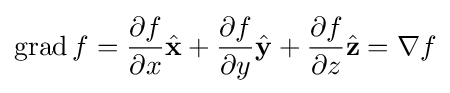
\operatorname {grad} f={\partial f \over \partial x}{\hat {\mathbf {x} }}+{\partial f \over \partial y}{\hat {\mathbf {y} }}+{\partial f \over \partial z}{\hat {\mathbf {z} }}=\nabla f